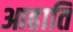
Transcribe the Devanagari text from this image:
आहाति